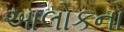
આલોકનો